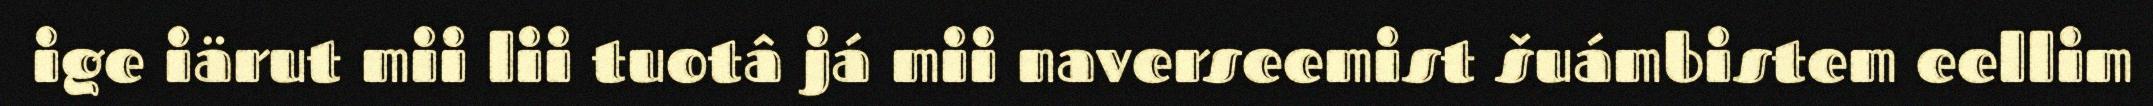
ige iärut mii lii tuotâ já mii naverseemist šuámbistem eellim